Leaving Certificate Examination, 1909
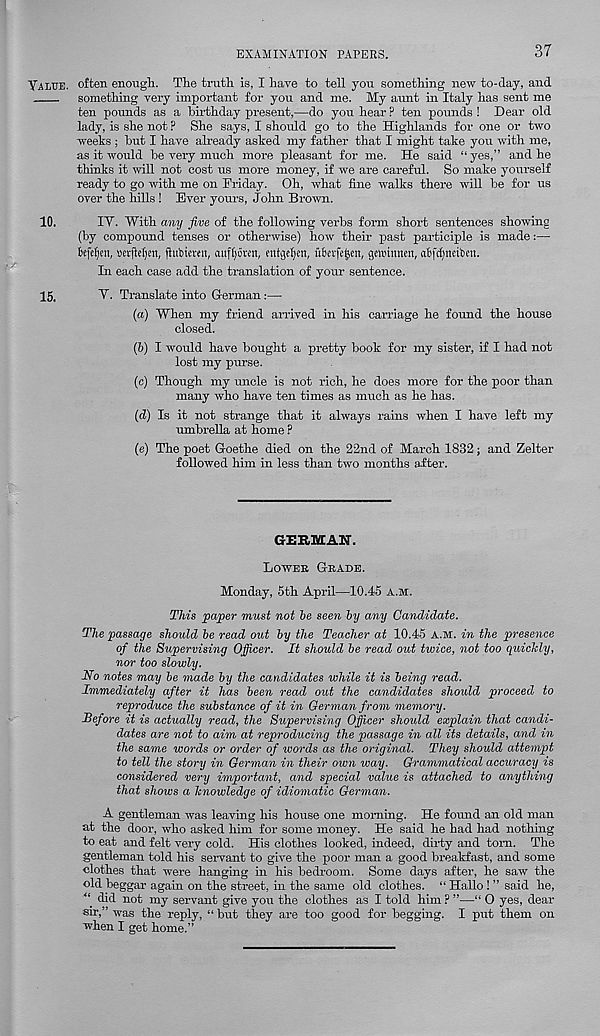
EXAMINATION PAPERS.
37
Yalije. often enough. The truth is, I have to tell you something new to-day, and
something very important for you and me. My aunt in Italy has sent me
ten pounds as a birthday present,—do you hear ? ten pounds ! Dear old
lady, is she not ? She says, I should go to the Highlands for one or two
weeks ; but I have already asked my father that I might take you with me,
as it would be very much more pleasant for me. He said “ yes,” and he
thinks it will not cost us more money, if we are careful. So make yourself
ready to go with me on Friday. Oh, what fine walks there will be for us
over the hills ! Ever yours, John Brown.
10.
IV. With any jive of the following verbs form short sentences showing
(by compound tenses or otherwise) how their past participle is made:—•
tefeljen, scrjMjcn, jhtbtemt, auffyoven, entgetyen, ubcvfefjen, gemimtett, a6fd)nciben.
In each case add the translation of your sentence.
15.
V. Translate into German:—
(a) When my friend arrived in his carriage he found the house
closed.
(b) I would have bought a pretty book for my sister, if I had not
lost my purse.
(c) Though my uncle is not rich, he does more for the poor than
many who have ten times as much as he has.
(d) Is it not strange that it always rains when I have left my
umbrella at home ?
(e) The poet Goethe died on the 22nd of March 1832; and Zelter
followed him in less than two months after.
GERMAN.
Lower Grade.
Monday, 5th April—10.45 a.m.
This paper must not be seen by any Candidate.
The passage should be read out by the Teacher at 10.45 A.M. in the presence
of the Supervising Officer. It should be read out twice, not too quickly,
nor too slowly.
No notes may be made by the candidates while it is being read.
Immediately after it has been read out the candidates should proceed to
reproduce the substance of it in German from memory.
Before it is actually read, the Supervising Officer should explain that candi-
dates are not to aim at reproducing the passage in all its details, and in
the same words or order of words as the original. They should attempt
to tell the story in German in their own way. Grammatical accuracy is
considered very important, and special value is attached to anything
that shows a knowledge of idiomatic German.
A gentleman was leaving his house one morning. He found an old man
at the door, who asked him for some money. He said he had had nothing
to eat and felt very cold. His clothes looked, indeed, dirty and tom. The
gentleman told his servant to give the poor man a good breakfast, and some
clothes that were hanging in his bedroom. Some days after, he saw the
old beggar again on the street, in the same old clothes. “ Hallo ! ” said he,
“ did not my servant give you the clothes as I told him F ”—“ 0 yes, dear
sir,” was the reply, “but they are too good for begging. I put them on
when I get home.”